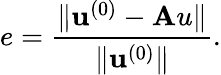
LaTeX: e=\frac{\lVert{\mathbf u}^{(0)}-{\mathbf Au}\rVert}{\lVert{\mathbf u}^{(0)}\rVert}.